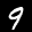
Label: 9